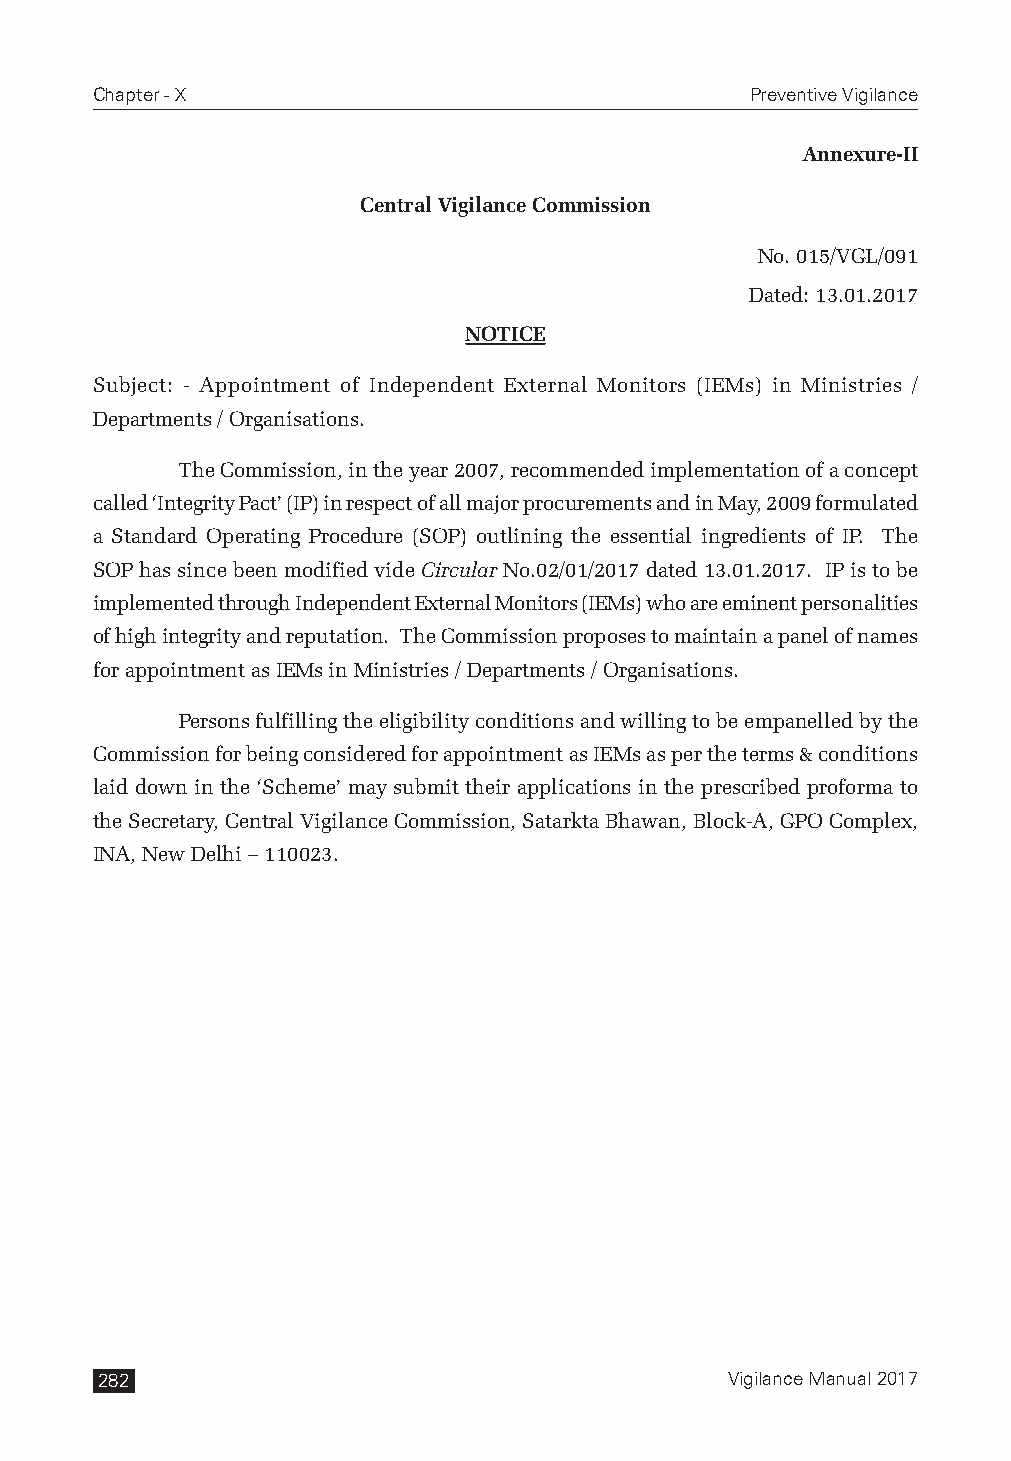
Chapter - X                                 Preventive Vigilance
 Annexure-II
 Central Vigilance Commission
 No. 015/VGL/091
 Dated: 13.01.2017
 NOTICE
 Subject: - Appointment of Independent External Monitors (IEMs) in Ministries /
 Departments / Organisations.
 The Commission, in the year 2007, recommended implementation of a concept
 called ‘Integrity Pact’ (IP) in respect of all major procurements and in May, 2009 formulated
 a Standard Operating Procedure (SOP) outlining the essential ingredients of IP. The
 SOP has since been modified vide Circular No.02/01/2017 dated 13.01.2017. IP is to be
 implemented through Independent External Monitors (IEMs) who are eminent personalities
 of high integrity and reputation. The Commission proposes to maintain a panel of names
 for appointment as IEMs in Ministries / Departments / Organisations.
 Persons fulfilling the eligibility conditions and willing to be empanelled by the
 Commission for being considered for appointment as IEMs as per the terms & conditions
 laid down in the ‘Scheme’ may submit their applications in the prescribed proforma to
 the Secretary, Central Vigilance Commission, Satarkta Bhawan, Block-A, GPO Complex,
 INA, New Delhi – 110023.
 282                                       Vigilance Manual 2017